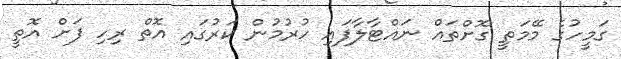
ގަމީހުގެ މޭމަތީ ގޮށްތައް ނައްޓާލާފައި ހުރުމުން ކަރުގައި އޮތް ރިހި ފަށް އޮތީ